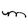
Character: M